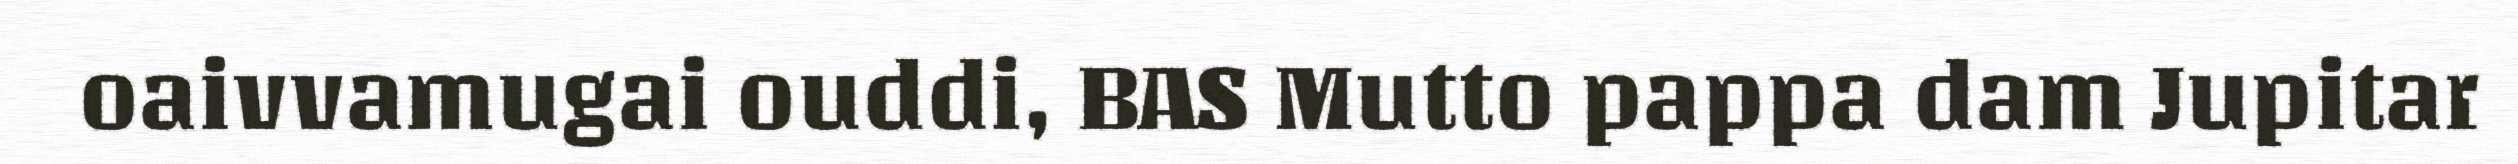
oaivvamugai ouddi, BAS Mutto pappa dam Jupitar